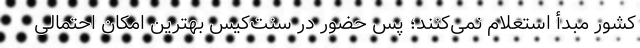
کشور مبدأ استعلام نمی‌کنند؛ پس حضور در سنت‌کیس بهترین امکان احتمالی